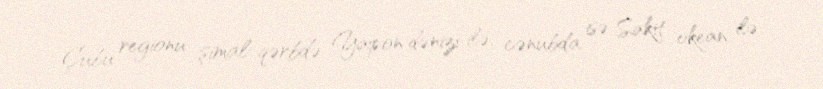
Çubu regionu şimal-qərbdə Yapon dənizi ilə, cənubda isə Sakit okean ilə